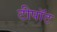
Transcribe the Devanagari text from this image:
टीपॉट